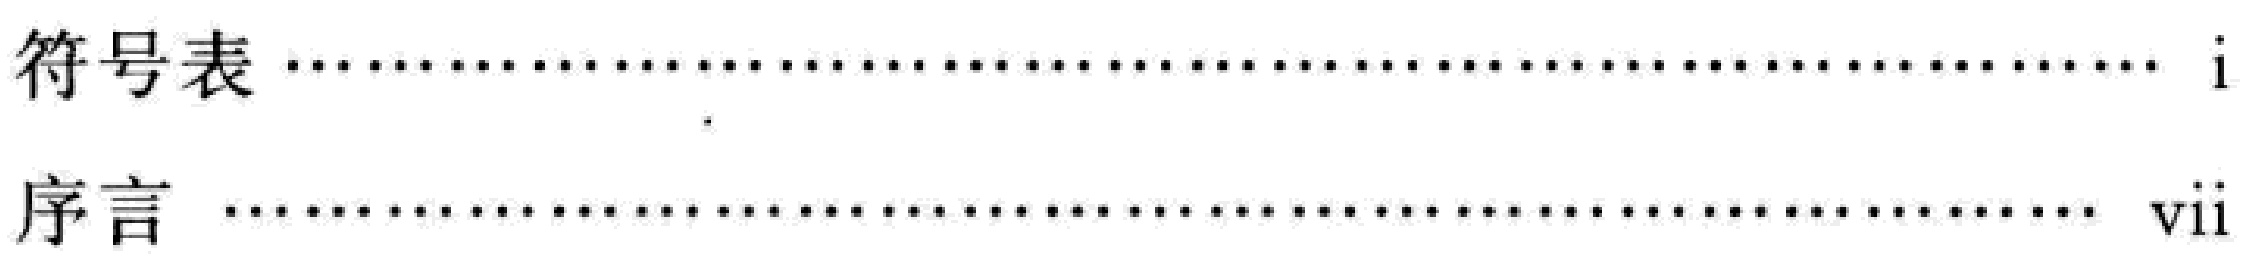
符号表 \dotfill i

序言 \dotfill vii